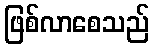
ဖြစ်လာစေသည်